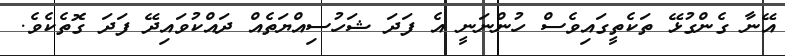
އޭނާ ގެންގުޅޭ ތަކެތީގައިވެސް ހުންނަނީ އެ ފަދަ ޝަހުސިއްޔަތެއް ދައްކުވައިދޭ ފަދަ ގޮތެކެވެ.